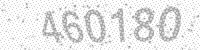
Solution: 460180